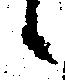
候